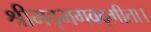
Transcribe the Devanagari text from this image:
श्रीमद्भगवद्गीता।